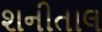
શનીતાલ